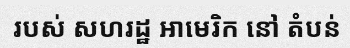
របស់ សហរដ្ឋ អាមេរិក នៅ តំបន់